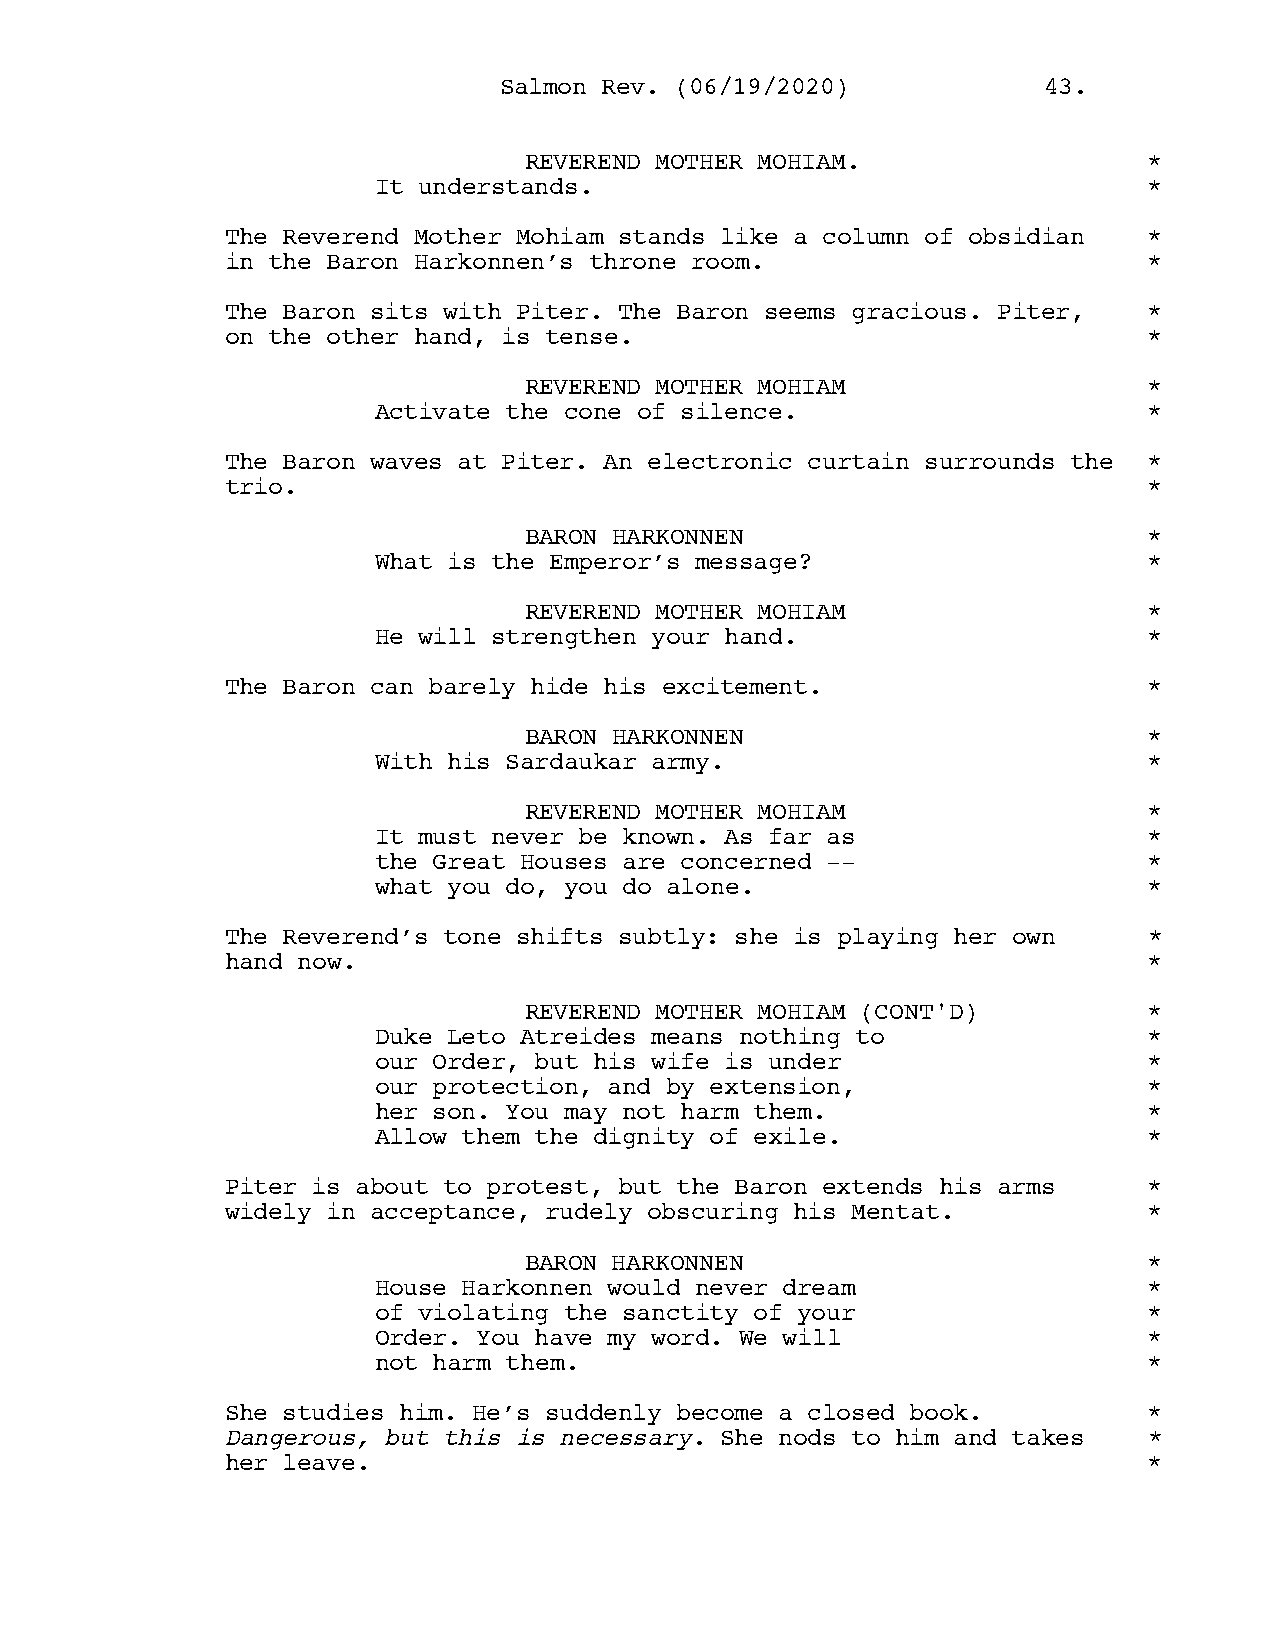
SSaallmmoonn RReevv.. ((0066//1199//22002200)) 4433..
 REVEREND MOTHER MOHIAM.                  *
 It understands.                                    *
 The Reverend Mother Mohiam stands like a column of obsidian  *
 in the Baron Harkonnen’s throne room.                        *
 The Baron sits with Piter. The Baron seems gracious. Piter,  *
 on the other hand, is tense.                                 *
 REVEREND MOTHER MOHIAM                   *
 Activate the cone of silence.                      *
 The Baron waves at Piter. An electronic curtain surrounds the *
 trio.                                                        *
 BARON HARKONNEN                          *
 What is the Emperor’s message?                     *
 REVEREND MOTHER MOHIAM                   *
 He will strengthen your hand.                      *
 The Baron can barely hide his excitement.                    *
 BARON HARKONNEN                          *
 With his Sardaukar army.                           *
 REVEREND MOTHER MOHIAM                   *
 It must never be known. As far as                  *
 the Great Houses are concerned --                  *
 what you do, you do alone.                         *
 The Reverend’s tone shifts subtly: she is playing her own    *
 hand now.                                                    *
 REVEREND MOTHER MOHIAM (CONT'D)          *
 Duke Leto Atreides means nothing to                *
 our Order, but his wife is under                   *
 our protection, and by extension,                  *
 her son. You may not harm them.                    *
 Allow them the dignity of exile.                   *
 Piter is about to protest, but the Baron extends his arms    *
 widely in acceptance, rudely obscuring his Mentat.           *
 BARON HARKONNEN                          *
 House Harkonnen would never dream                  *
 of violating the sanctity of your                  *
 Order. You have my word. We will                   *
 not harm them.                                     *
 She studies him. He’s suddenly become a closed book.         *
 Dangerous, but this is necessary. She nods to him and takes  *
 her leave.                                                   *